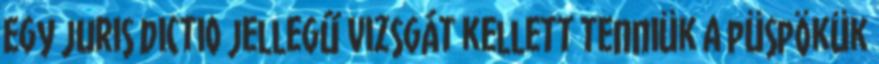
Egy juris dictio jellegű vizsgát kellett tenniük a püspökük